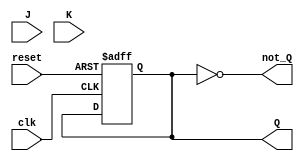
module jk_flip_flop (
    input wire J,
    input wire K,
    input wire clk,
    input wire reset,
    output reg Q,
    output reg not_Q
);

reg master_latch_Q;
reg slave_latch_Q;

always @(posedge clk or posedge reset) begin
    if (reset) begin
        master_latch_Q <= 1'b0;
        slave_latch_Q <= 1'b1;
    end else begin
        // Master latch
        if (clk) begin
            master_latch_Q <= J ^ (master_latch_Q & K);
        end
        // Slave latch
        else begin
            slave_latch_Q <= master_latch_Q;
        end
    end
end

assign Q = slave_latch_Q;
assign not_Q = ~slave_latch_Q;

endmodule